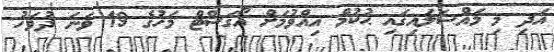
އަދި މި މައްސަލައިގައި ޙުކުމް އިއްވުމަށް އޯގަސްޓް މަހުގެ 19 ވަނަ ދުވަހު